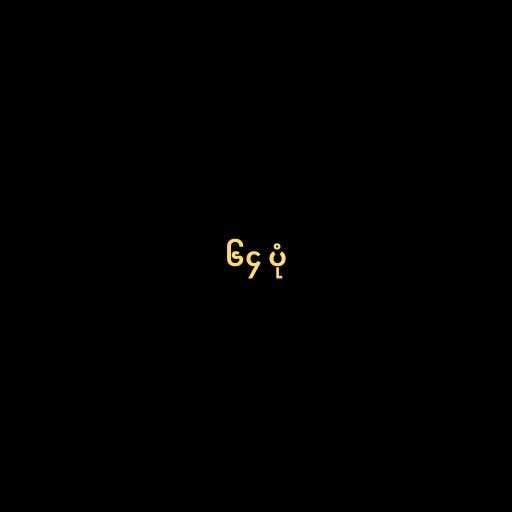
၆၄ ပုံ